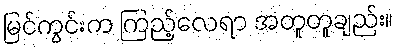
မြင်ကွင်းက ကြည့်လေရာ အတူတူချည်း။